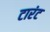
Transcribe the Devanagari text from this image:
टारंट